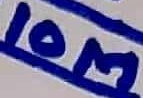
Text: 10M